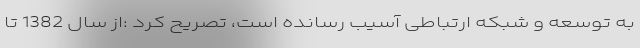
به توسعه و شبکه ارتباطی آسیب رسانده است، تصریح کرد :از سال 1382 تا